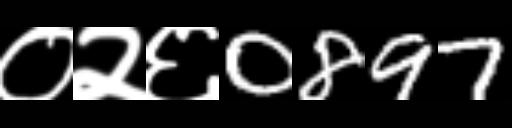
Text: ०२६0897